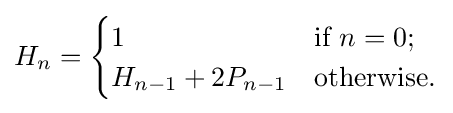
H_{n}={\begin{cases}1&{\mbox{if }}n=0;\\H_{n-1}+2P_{n-1}&{\mbox{otherwise.}}\end{cases}}